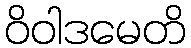
ဝိဝါဒမေတိ